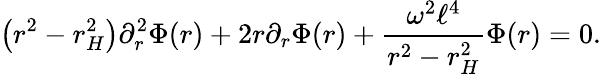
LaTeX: \left(r^{2}-r_{H}^{2}\right)\partial_{r}^{2}\Phi(r)+2r\partial_{r}\Phi(r)+\frac{\omega^{2}\ell^{4}}{r^{2}-r_{H}^{2}}\Phi(r)=0.